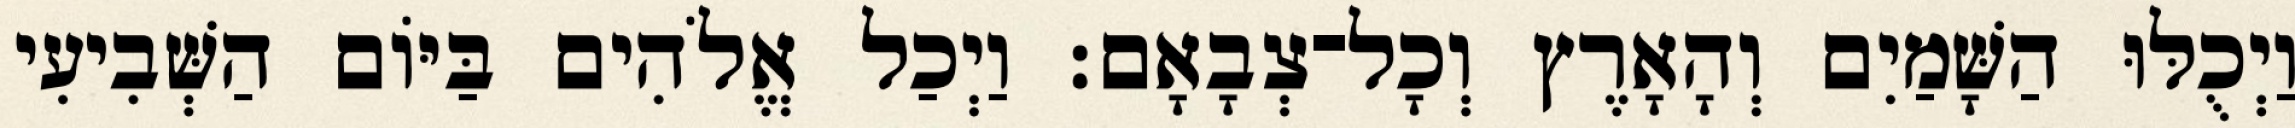
וַיְכֻלּוּ הַשָּׁמַיִם וְהָאָרֶץ וְכָל־צְבָאָם׃ וַיְכַל אֱלֹהִים בַּיֹּום הַשְּׁבִיעִי